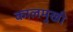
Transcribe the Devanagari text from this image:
कालमुखी